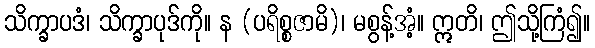
သိက္ခာပဒံ၊ သိက္ခာပုဒ်ကို။ န (ပရိစ္စဇာမိ)၊ မစွန့်အံ့။ ဣတိ၊ ဤသို့ကြံ၍။